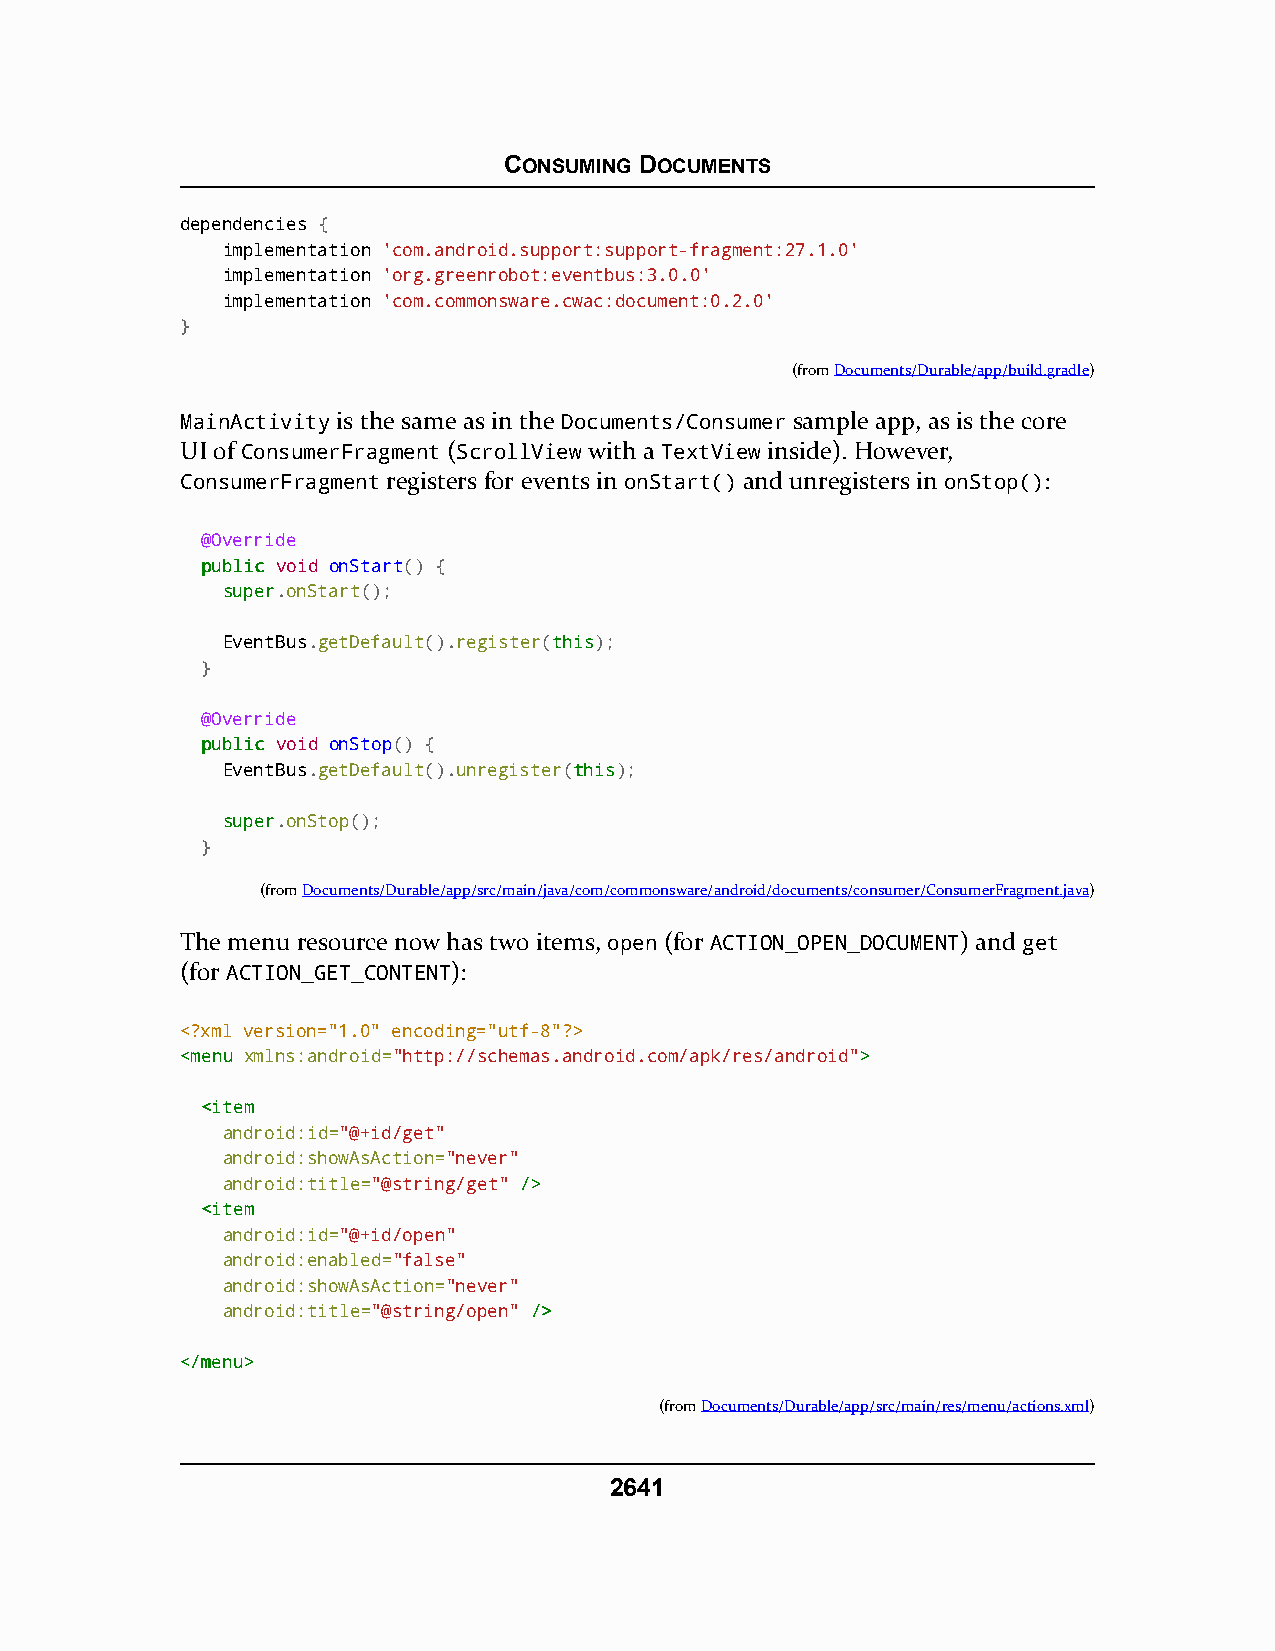
CONSUMING DOCUMENTS
 dependencies {
 implementation 'com.android.support:support-fragment:27.1.0'
 implementation 'org.greenrobot:eventbus:3.0.0'
 implementation 'com.commonsware.cwac:document:0.2.0'
 }
 (fromDocuments/Durable/app/build.gradle)
 MainActivity is the same as in the Documents/Consumer sample app, as is the core
 UI of ConsumerFragment (ScrollView with a TextView inside). However,
 ConsumerFragment registers for events in onStart() and unregisters in onStop():
 @Override
 ppuubblliicc void onStart() {
 ssuuppeerr.onStart();
 EventBus.getDefault().register(tthhiiss);
 }
 @Override
 ppuubblliicc void onStop() {
 EventBus.getDefault().unregister(tthhiiss);
 ssuuppeerr.onStop();
 }
 (fromDocuments/Durable/app/src/main/java/com/commonsware/android/documents/consumer/ConsumerFragment.java)
 The menu resource now has two items, open (for ACTION_OPEN_DOCUMENT) and get
 (for ACTION_GET_CONTENT):
 <?xml version="1.0" encoding="utf-8"?>
 <<mmeennuu xmlns:android="http://schemas.android.com/apk/res/android">>
 <<iitteemm
 android:id="@+id/get"
 android:showAsAction="never"
 android:title="@string/get" //>>
 <<iitteemm
 android:id="@+id/open"
 android:enabled="false"
 android:showAsAction="never"
 android:title="@string/open" //>>
 <<//mmeennuu>>
 (fromDocuments/Durable/app/src/main/res/menu/actions.xml)
 2641